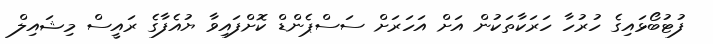
ފުޓުބޯޅައިގެ ހުރުހާ ހަރަކާތަކުން އަށް އަހަރަށް ސަސްޕެންޑް ކޮށްފައިވާ ޔުއެފާގެ ރައީސް މިޝައިލް